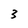
Character: 3